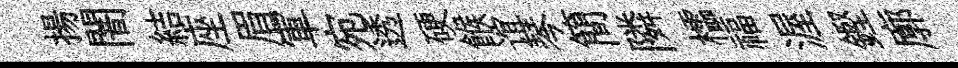
揚闇結座眉軍宛透硬餱谊琴簡隣櫺福渥鏗廓